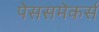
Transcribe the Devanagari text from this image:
पेससमेकर्स